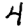
Digit: 4